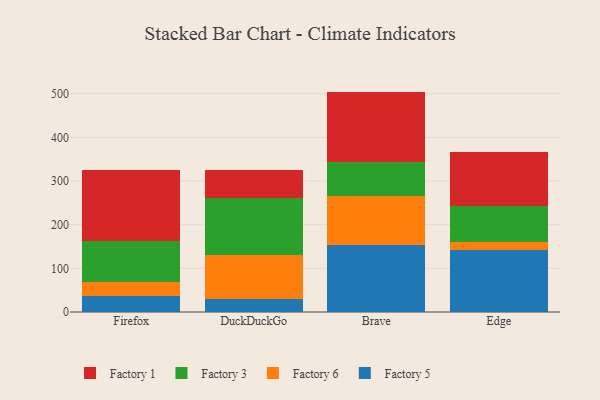
{"axis": {"x": "Browser", "y": "Net Income (USD K)"}, "legend": ["Factory 1", "Factory 3", "Factory 5", "Factory 6"], "data": [{"x": "Firefox", "y": 35.8, "type": "Factory 5"}, {"x": "Firefox", "y": 33.9, "type": "Factory 6"}, {"x": "Firefox", "y": 93.8, "type": "Factory 3"}, {"x": "Firefox", "y": 161.3, "type": "Factory 1"}, {"x": "DuckDuckGo", "y": 29.9, "type": "Factory 5"}, {"x": "DuckDuckGo", "y": 100.1, "type": "Factory 6"}, {"x": "DuckDuckGo", "y": 131.2, "type": "Factory 3"}, {"x": "DuckDuckGo", "y": 63.6, "type": "Factory 1"}, {"x": "Brave", "y": 152.8, "type": "Factory 5"}, {"x": "Brave", "y": 112.0, "type": "Factory 6"}, {"x": "Brave", "y": 78.0, "type": "Factory 3"}, {"x": "Brave", "y": 161.9, "type": "Factory 1"}, {"x": "Edge", "y": 142.7, "type": "Factory 5"}, {"x": "Edge", "y": 16.7, "type": "Factory 6"}, {"x": "Edge", "y": 84.2, "type": "Factory 3"}, {"x": "Edge", "y": 121.8, "type": "Factory 1"}]}